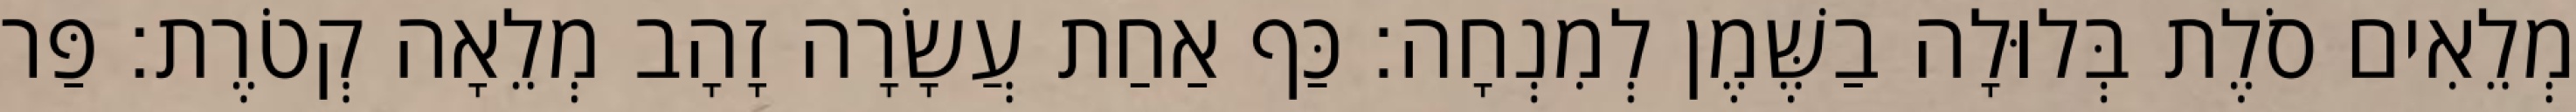
מְלֵאִים סֹלֶת בְּלוּלָה בַשֶּׁמֶן לְמִנְחָה׃ כַּף אַחַת עֲשָׂרָה זָהָב מְלֵאָה קְטֹרֶת׃ פַּר